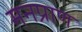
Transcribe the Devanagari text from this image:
मनप्राण